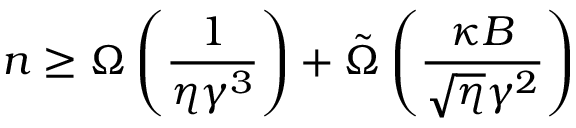
n \geq \Omega \left( \frac { 1 } { \eta \gamma ^ { 3 } } \right) + \tilde { \Omega } \left( \frac { \kappa B } { \sqrt { \eta } \gamma ^ { 2 } } \right)